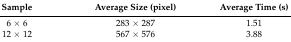
<table><thead><tr><td><b>Sample</b></td><td><b>Average Size (pixel)</b></td><td><b>Average Time (s)</b></td></tr></thead><tbody><tr><td>6 × 6</td><td>283 × 287</td><td>1.51</td></tr><tr><td>12 × 12</td><td>567 × 576</td><td>3.88</td></tr></tbody></table>